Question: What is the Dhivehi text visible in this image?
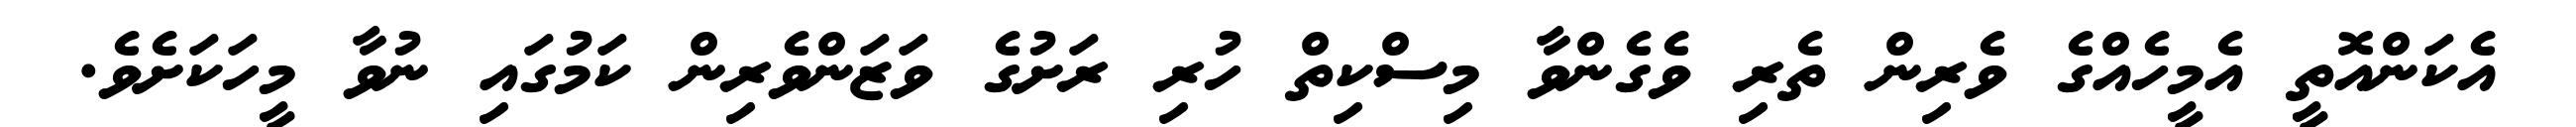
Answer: އެކަންއޮތީ އެމީހެއްގެ ވެރިން ތެރި ވެގެންވާ މިސްކިތް ހުރި ރަށުގެ ވަޒަންވެރިން ކަމުގައި ނުވާ މީހަކަށެވެ.